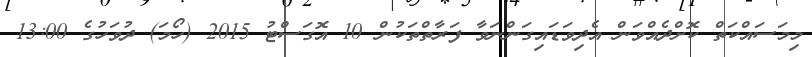
މިމަސައްކަތް ކޮށްދެއްވަން އެދިވަޑައިގަންނަވާ ފަރާތްތަކުން 10 އޮގަސްޓު 2015 (ހޯމަ) ދުވަހުގެ 13:00